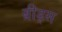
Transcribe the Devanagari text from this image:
ब्रीड्स